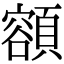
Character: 𩔜